Report on vaccination in the Province of Bengal - 1874-1889
Year: 1874
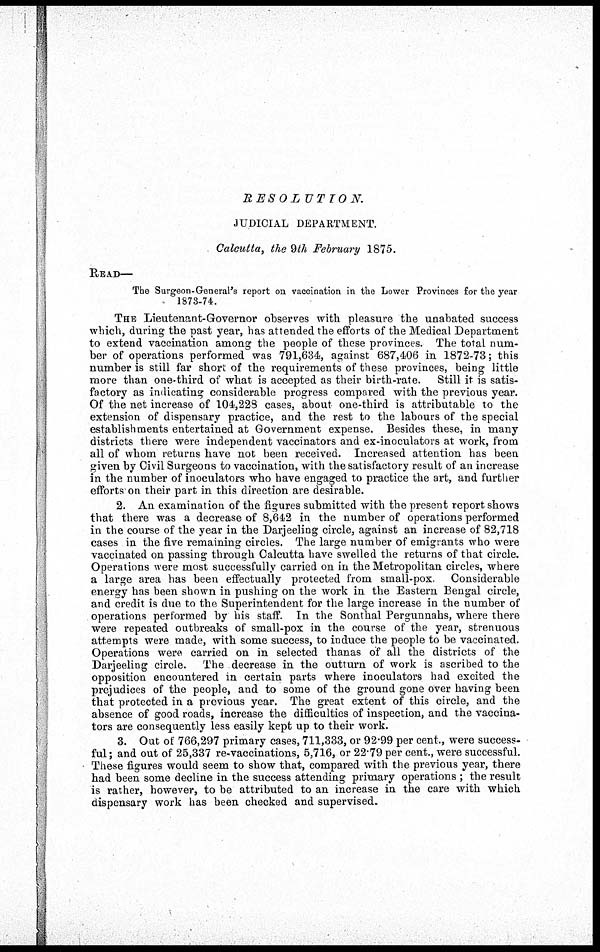
RESOLUTION.
JUDICIAL DEPARTMENT.
Calcutta, the 9th February 1875.
READ—
The Surgeon-General's report on vaccination in the Lower Provinces for the year
1873-74.
THE Lieutenant-Governor observes with pleasure the unabated success
which, during the past year, has attended the efforts of the Medical Department
to extend vaccination among the people of these provinces. The total num-
ber of operations performed was 791,634, against 687,406 in 1872-73; this
number is still far short of the requirements of these provinces, being little
more than one-third of what is accepted as their birth-rate. Still it is satis-
factory as indicating considerable progress compared with the previous year.
Of the net increase of 104,228 cases, about one-third is attributable to the
extension of dispensary practice, and the rest to the labours of the special
establishments entertained at Government expense. Besides these, in many
districts there were independent vaccinators and ex-inoculators at work, from
all of whom returns have not been received. Increased attention has been
given by Civil Surgeons to vaccination, with the satisfactory result of an increase
in the number of inoculators who have engaged to practice the art, and further
efforts on their part in this direction are desirable.
2. An examination of the figures submitted with the present report shows
that there was a decrease of 8,642 in the number of operations performed
in the course of the year in the Darjeeling circle, against an increase of 82,718
cases in the five remaining circles. The large number of emigrants who were
vaccinated on passing through Calcutta have swelled the returns of that circle.
Operations were most successfully carried on in the Metropolitan circles, where
a large area has been effectually protected from small-pox. Considerable
energy has been shown in pushing on the work in the Eastern Bengal circle,
and credit is due to the Superintendent for the large increase in the number of
operations performed by his staff. In the Sonthal Pergunnahs, where there
were repeated outbreaks of small-pox in the course of the year, strenuous
attempts were made, with some success, to induce the people to be vaccinated.
Operations were carried on in selected thanas of all the districts of the
Darjeeling circle. The decrease in the outturn of work is ascribed to the
opposition encountered in certain parts where inoculators had excited the
prejudices of the people, and to some of the ground gone over having been
that protected in a previous year. The great extent of this circle, and the
absence of good roads, increase the difficulties of inspection, and the vaccina-
tors are consequently less easily kept up to their work.
3. Out of 766,297 primary cases, 711,333, or 92.99 per cent., were success-
ful ; and out of 25,337 re-vaccinations, 5,716, or 22.79 per cent., were successful.
These figures would seem to show that, compared with the previous year, there
had been some decline in the success attending primary operations ; the result
is rather, however, to be attributed to an increase in the care with which
dispensary work has been checked and supervised.